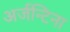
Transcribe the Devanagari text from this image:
अर्जन्टिना